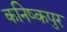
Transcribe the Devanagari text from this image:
कनिष्कपुर